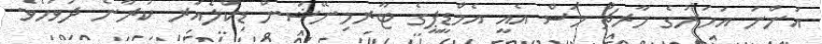
އަންނަ އަހަރުގެ މާރޗް މަސް އެއީ އެމްޑީޕީގެ ޓާރމިނޭޝަން ޑިކްލެއަރ ކުރާނެ ދުވަހެވެ.